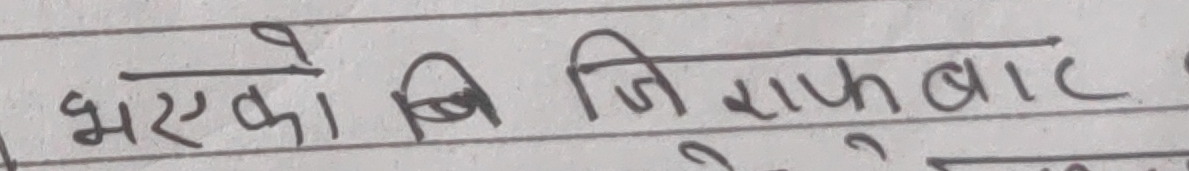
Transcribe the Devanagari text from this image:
भएको बिजिराफबाट